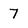
Character: 7